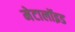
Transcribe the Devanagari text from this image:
मेटालॉइड